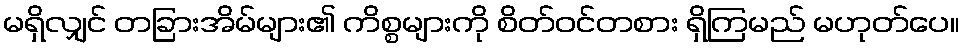
မရှိလျှင် တခြားအိမ်များ၏ ကိစ္စများကို စိတ်ဝင်တစား ရှိကြမည် မဟုတ်ပေ။